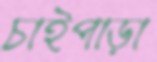
চাইপাড়া